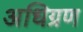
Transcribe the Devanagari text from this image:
अधिग्रण